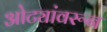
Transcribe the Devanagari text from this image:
ओट्यांवरून